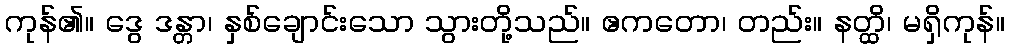
ကုန်၏။ ဒွေ ဒန္တာ၊ နှစ်ချောင်းသော သွားတို့သည်။ ဧကတော၊ တည်း။ နတ္ထိ၊ မရှိကုန်။